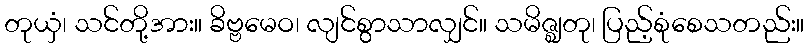
တုယှံ၊ သင်တို့အား။ ခိဗ္ဗမေဝ၊ လျင်စွာသာလျှင်။ သမိဇ္ဈတု၊ ပြည့်စုံစေသတည်း။